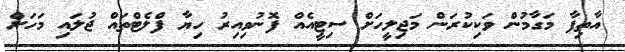
އާތިފާ މަގާމުން ވަކިކުރަން މަޖިލީހަށް ސިޓީއެއް ފޮނުވިއިރު ހިޔާ ފްލެޓްތައް ޖުލައި މަހަށް